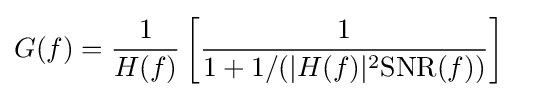
{\begin{aligned}G(f)&={\frac {1}{H(f)}}\left[{\frac {1}{1+1/(|H(f)|^{2}\mathrm {SNR} (f))}}\right]\end{aligned}}